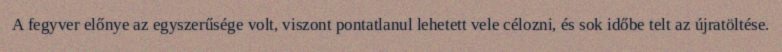
A fegyver előnye az egyszerűsége volt, viszont pontatlanul lehetett vele célozni, és sok időbe telt az újratöltése.